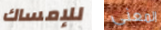
للإمساك المعنى